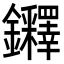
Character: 𨰪